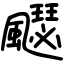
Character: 飋